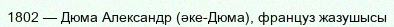
1802 — Дюма Александр (әке-Дюма), француз жазушысы